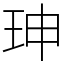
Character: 珅